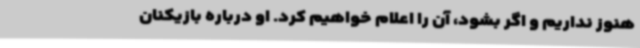
هنوز نداریم و اگر بشود، آن را اعلام خواهیم کرد. او درباره بازیکنان